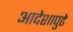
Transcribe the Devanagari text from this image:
आदेशापुढे